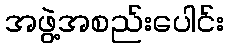
အဖွဲ့အစည်းပေါင်း